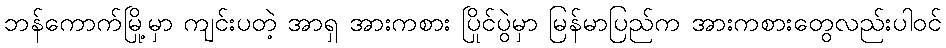
ဘန်ကောက်မြို့မှာ ကျင်းပတဲ့ အာရှ အားကစား ပြိုင်ပွဲမှာ မြန်မာပြည်က အားကစားတွေလည်းပါဝင်